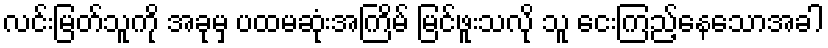
လင်းမြတ်သူကို အခုမှ ပထမဆုံးအကြိမ် မြင်ဖူးသလို သူ ငေးကြည့်နေသောအခါ